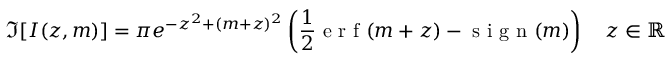
\Im [ I ( z , m ) ] = \pi e ^ { - z ^ { 2 } + ( m + z ) ^ { 2 } } \left( \frac { 1 } { 2 } \mathrm { ~ e ~ r ~ f ~ } ( m + z ) - \mathrm { ~ s ~ i ~ g ~ n ~ } ( m ) \right) \quad z \in \mathbb { R }